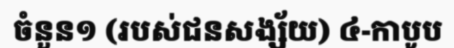
ចំនួន១ (របស់ជនសង្ស័យ) ៤-កាបូប